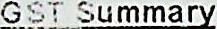
GST SUMMARY